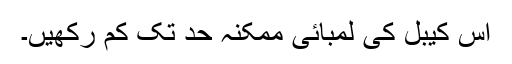
اس کیبل کی لمبائی ممکنہ حد تک کم رکھیں۔